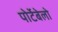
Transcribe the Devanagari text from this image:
पोर्टेबेलो